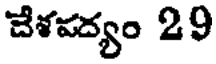
చేశపద్యం 29